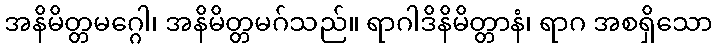
အနိမိတ္တမဂ္ဂေါ၊ အနိမိတ္တမဂ်သည်။ ရာဂါဒိနိမိတ္တာနံ၊ ရာဂ အစရှိသော